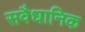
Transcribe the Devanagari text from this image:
सवैधानिक